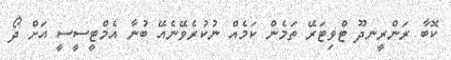
ކޮބާ ރަންރީނދޫ ޓްވިޓަރޭ ތަމެން ކަމެއް ނުކުރެވޭނެއޭ ބުނާ އެމްޓީސީސީ އަށް ދޯ